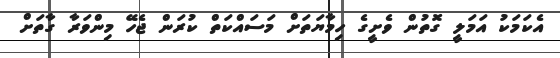
އެކަމަކު އަމަލީ ގޮތުން ވެށީގެ ހިމާޔަތަށް މަސައްކަތް ކުރަން ޖެހޭ މިންވަރާ ގާތަށް